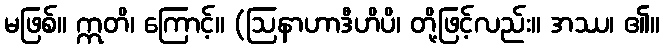
မဖြစ်။ ဣတိ၊ ကြောင့်။ (ဩနာဟာဒီဟိပိ၊ တို့ဖြင့်လည်း။ အဿ၊ ၏။